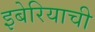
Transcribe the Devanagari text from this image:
इबेरियाची